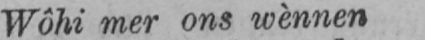
Wôhi mer ons wènnen